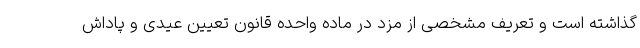
گذاشته است و تعریف مشخصی از مزد در ماده واحده قانون تعیین عیدی و پاداش